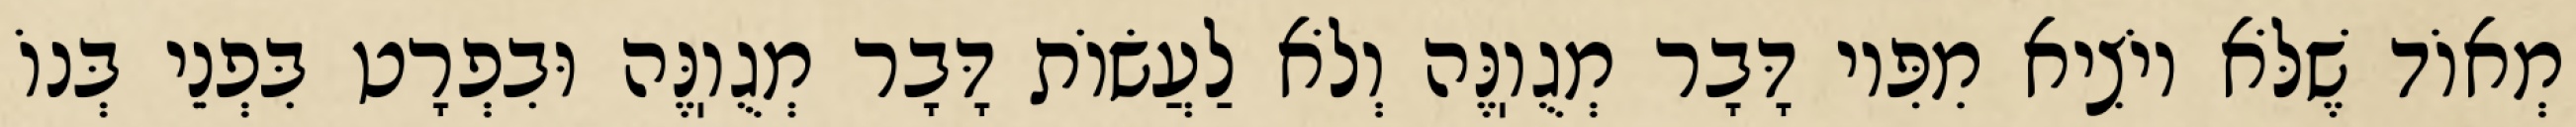
מְאוֹד שֶׁלֹּא יוֹצִיא מִפִּיו דָּבָר מְגֻוֽנֶּה וְלֹא לַעֲשׂוֹת דָּבָר מְגֻוֽנֶּה וּבִפְרָט בִּפְנֵי בְּנוֹ